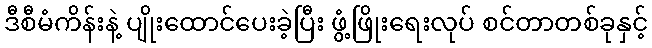
ဒီစီမံကိန်းနဲ့ ပျိုးထောင်ပေးခဲ့ပြီး ဖွံ့ဖြိုးရေးလုပ် စင်တာတစ်ခုနှင့်